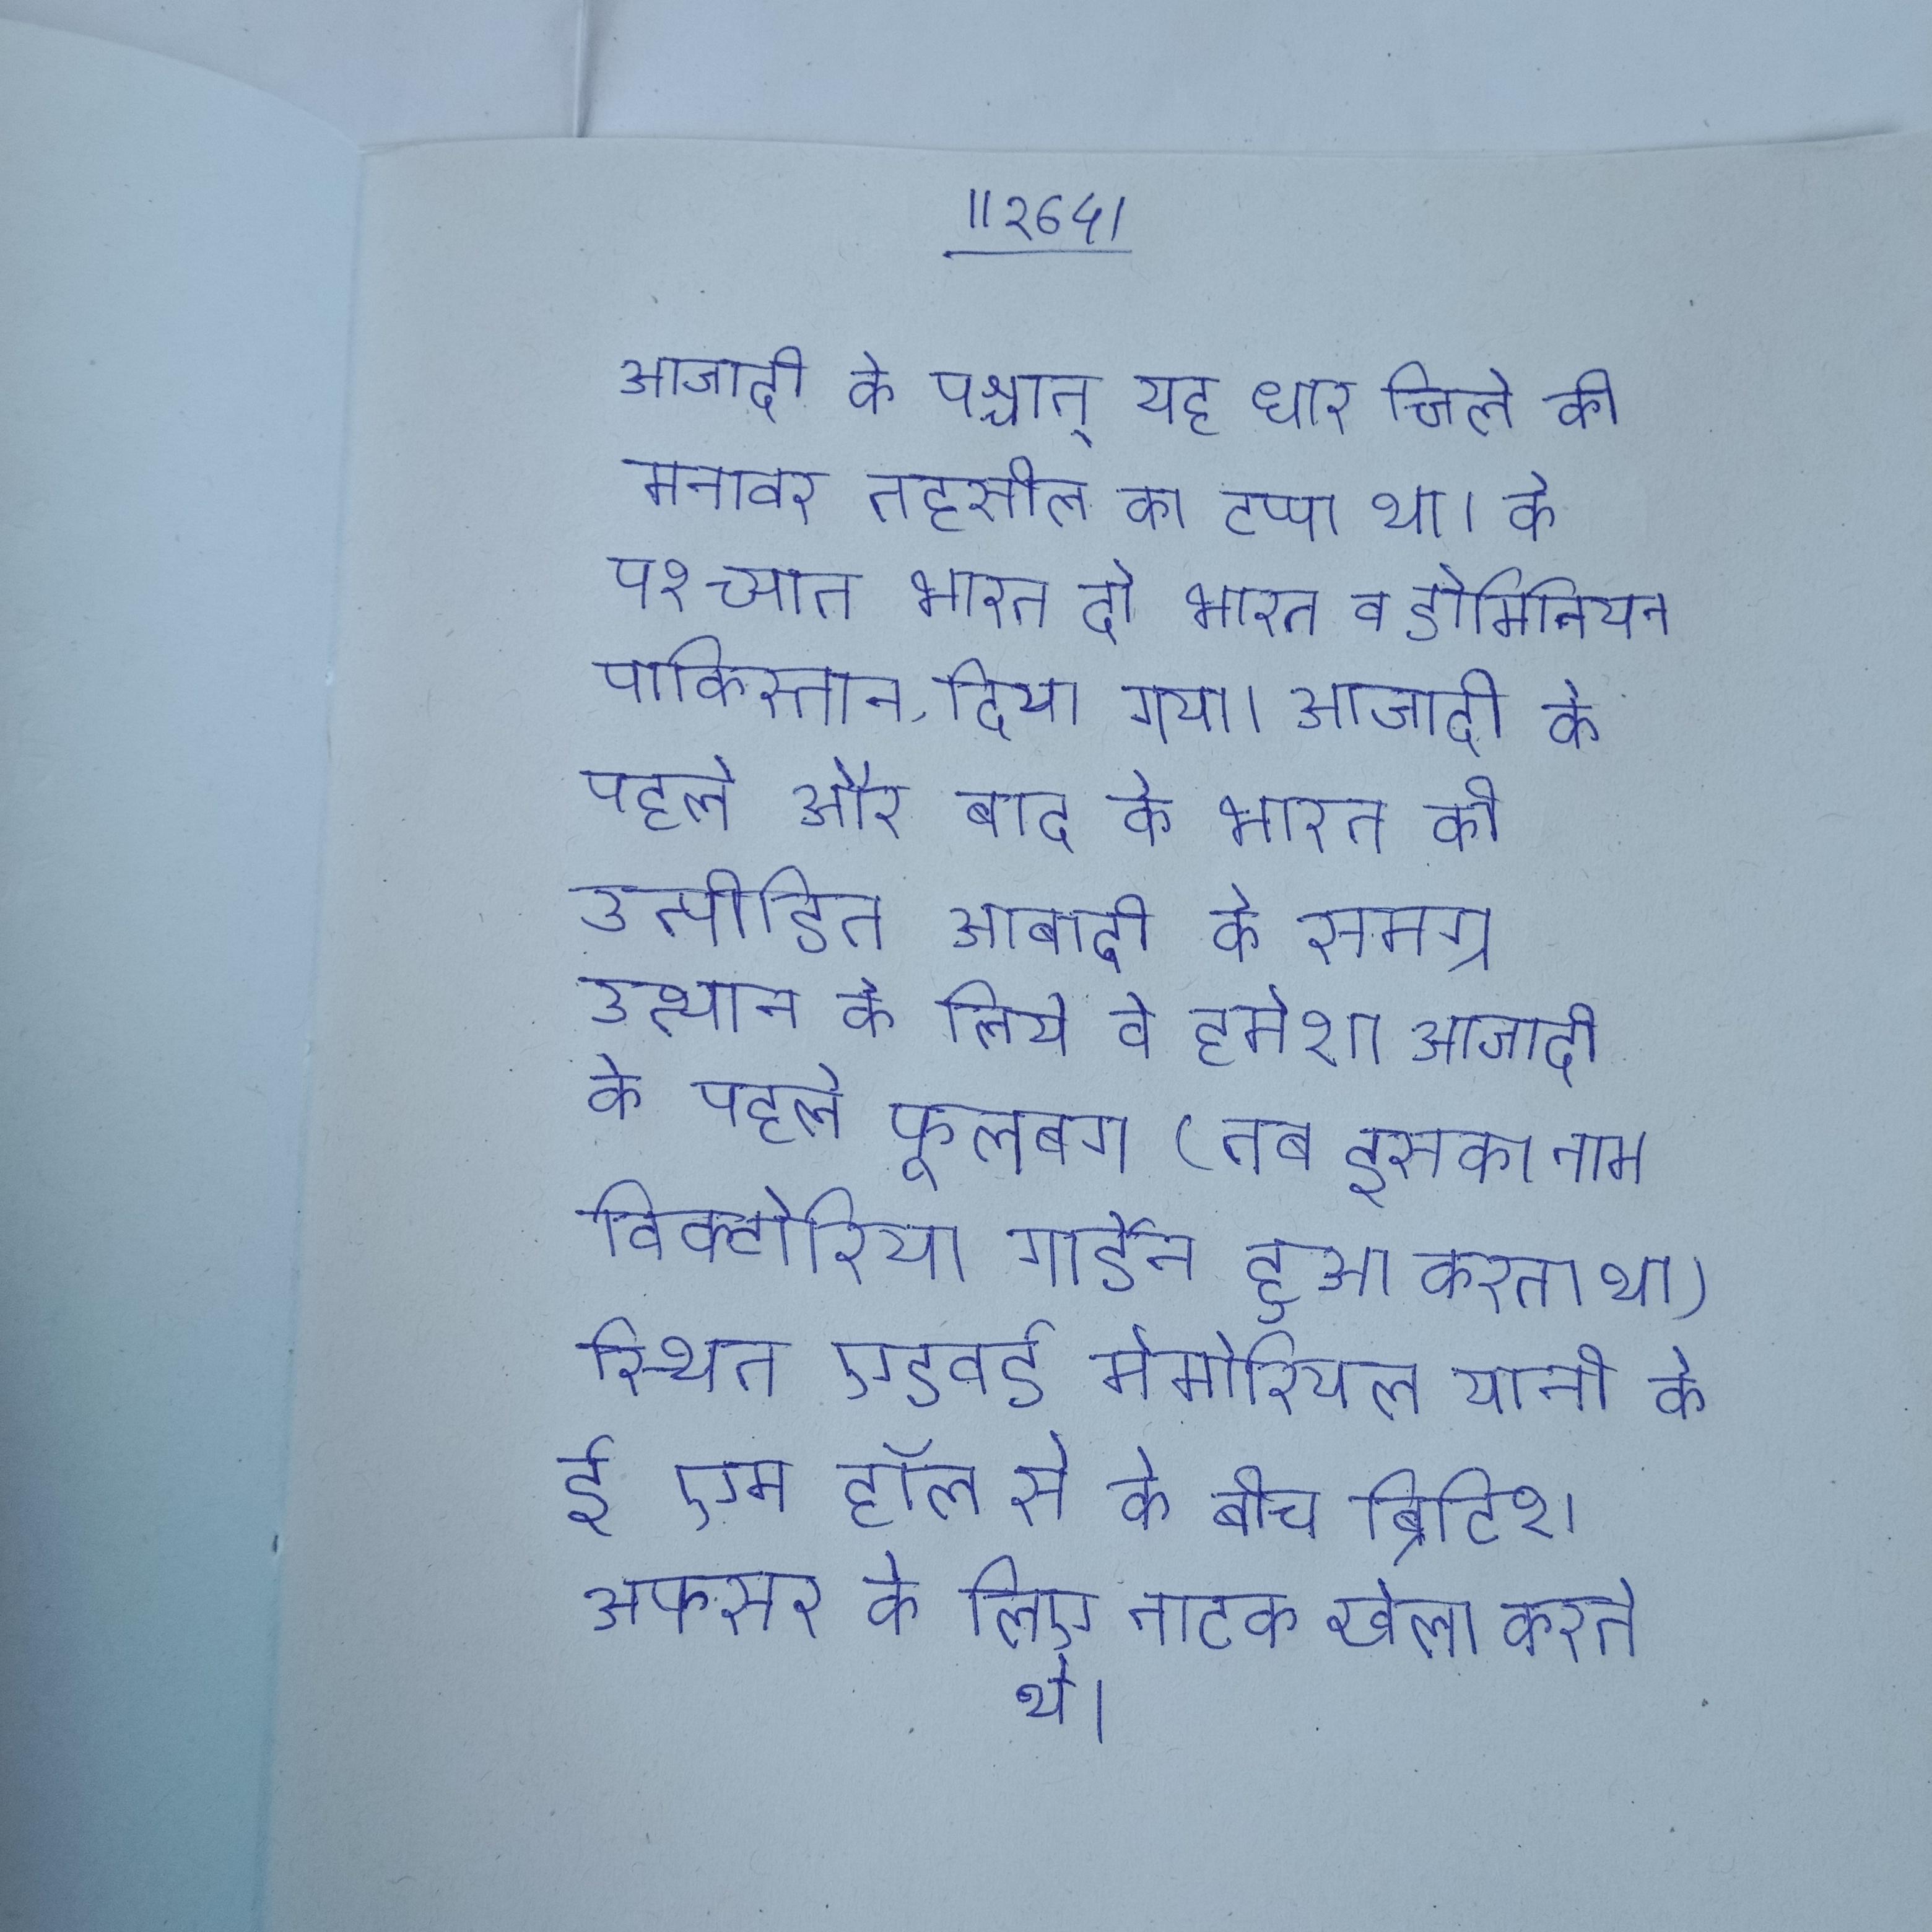
आजादी के पश्चात् यह धार जिले की मनावर तहसील का टप्पा था । के पश्च्यात भारत दो भारत व डोमिनियन पाकिस्तान, दिया गया । आजादी के पहले और बाद के भारत की उत्पीडित आबादी के समग्र उत्थान के लिये वे हमेशा आजादी के पहले फूलबाग (तब इसका नाम विक्टोरिया गार्डेन हुआ करता था) स्थित एडवर्ड मेमोरियल यानी के ई एम हॉल से के बीच ब्रिटिश अफसर के लिए नाटक खेला करते थे ।